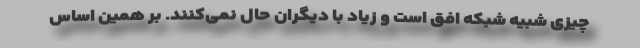
چیزی شبیه شبکه افق است و زیاد با دیگران حال نمی‌‌کنند. بر همین اساس